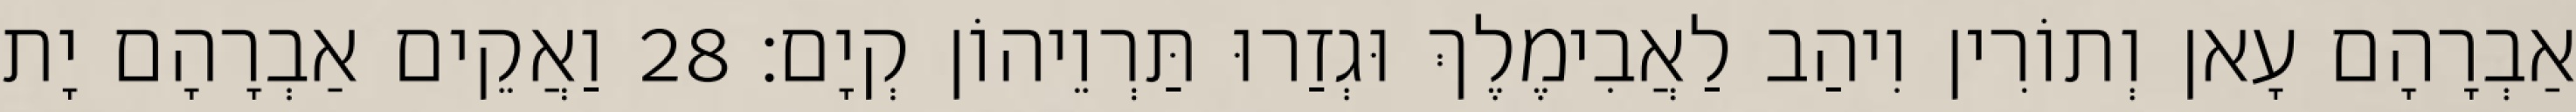
אַבְרָהָם עָאן וְתוֹרִין וִיהַב לַאֲבִימֶלֶךְ וּגְזַרוּ תַּרְוֵיהוֹן קְיָם׃ 28 וַאֲקֵים אַבְרָהָם יָת